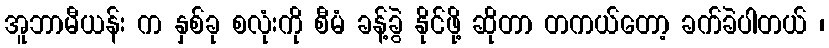
အူဘာမီယန်း က နှစ်ခု စလုံးကို စီမံ ခန့်ခွဲ နိုင်ဖို့ ဆိုတာ တကယ်တော့ ခက်ခဲပါတယ် ၊